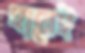
হানেই